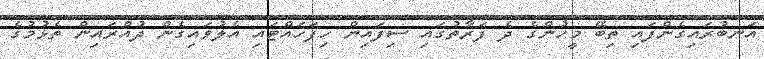
އަނބުރައިގެންފައި ތިބޭ މީހުންގެ ދެ ފަރާތުގައި ސިފައިން ހިފަހައްޓައި އެލުވައިގެން ދުއްރައިން ތެޅުމުގެ